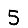
Digit: 5